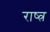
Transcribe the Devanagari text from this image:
राष्त्र